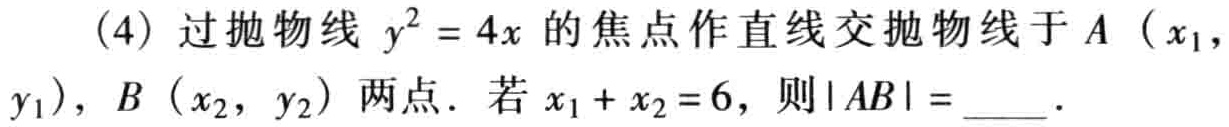
(4) 过抛物线 \(y^{2}=4x\) 的焦点作直线交抛物线于 \(A\left(x_{1},y_{1}\right)\), \(B\left(x_{2},y_{2}\right)\) 两点. 若 \(x_{1}+x_{2}=6\), 则\(\vert AB\vert =\)____.